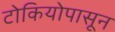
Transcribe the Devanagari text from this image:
टोकियोपासून